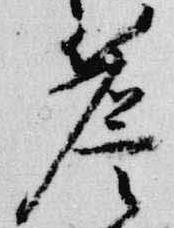
簷